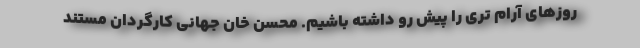
روزهای آرام تری را پیش رو داشته باشیم. محسن خان جهانی کارگردان مستند